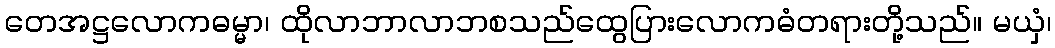
တေအဋ္ဌလောကဓမ္မာ၊ ထိုလာဘာလာဘစသည်ထွေပြားလောကဓံတရားတို့သည်။ မယှံ၊